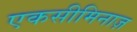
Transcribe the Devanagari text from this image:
एकसीमिनाज़